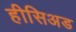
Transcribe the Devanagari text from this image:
हीसिअड